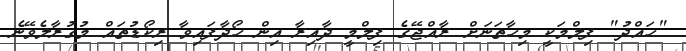
"ހައްދު" ފިލްމަކީ މިހާތަނަށް ރާއްޖޭގެ ފިލްމީ ދާއިރާ އިން ހޯދާފައިވާ ރިކޯޑުތައް މުގުރާލެވޭނެ